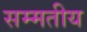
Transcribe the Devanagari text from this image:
सम्मतीय